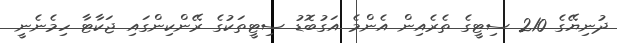
ދުނިޔޭގެ 210 ސިޓީގެ ތެރެއިން އެންމެ އަގުބޮޑު ސިޓީތަކުގެ ރޭންކިންގައި ޖަކާޓާ ހިމެނެނީ